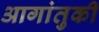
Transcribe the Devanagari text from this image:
आगांतुकी